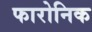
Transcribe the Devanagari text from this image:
फारोनिक